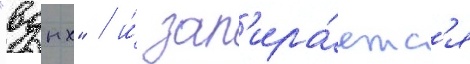
"вднх" / и́ зап'ира́етс'я